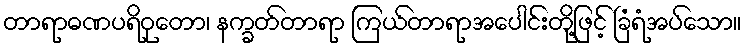
တာရာဓဏပရိဝုတော၊ နက္ခတ်တာရာ ကြယ်တာရာအပေါင်းတို့ဖြင့် ခြံရံအပ်သော။